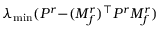
\lambda _ { \operatorname* { m i n } } ( P ^ { r } { - } ( M _ { f } ^ { r } ) ^ { \top } P ^ { r } M _ { f } ^ { r } )